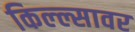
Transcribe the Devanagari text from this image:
किल्ल्सावर